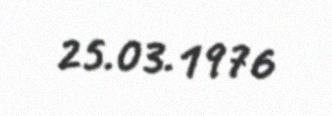
25.03.1976